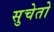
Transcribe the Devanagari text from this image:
सुचेतो